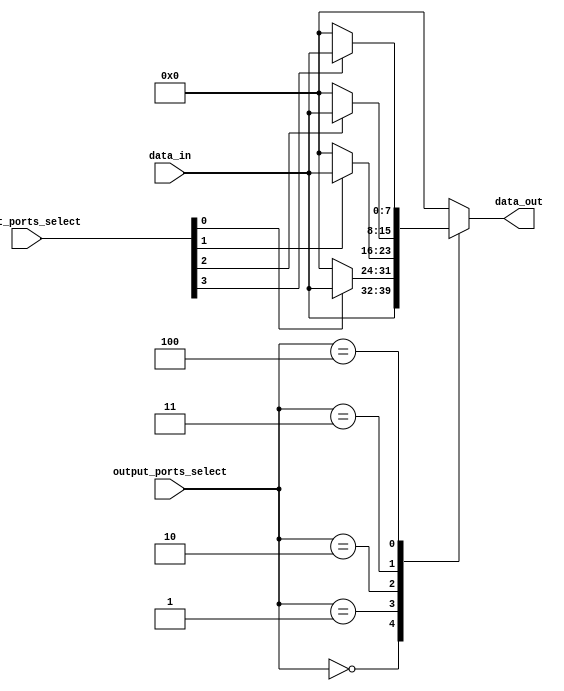
module io_bus_switch
#(
    parameter NUM_INPUT_PORTS = 4,
    parameter NUM_OUTPUT_PORTS = 4,
    parameter DATA_WIDTH = 8
)
(
    input wire [NUM_INPUT_PORTS-1:0] input_ports_select,
    input wire [NUM_OUTPUT_PORTS-1:0] output_ports_select,
    input wire [DATA_WIDTH-1:0] data_in,
    output reg [DATA_WIDTH-1:0] data_out
);

always @(*)
begin
    case (output_ports_select)
        0: data_out = data_in;
        1: data_out = input_ports_select[0] ? data_in : 0;
        2: data_out = input_ports_select[1] ? data_in : 0;
        3: data_out = input_ports_select[2] ? data_in : 0;
        4: data_out = input_ports_select[3] ? data_in : 0;
        default: data_out = 0;
    endcase
end

endmodule